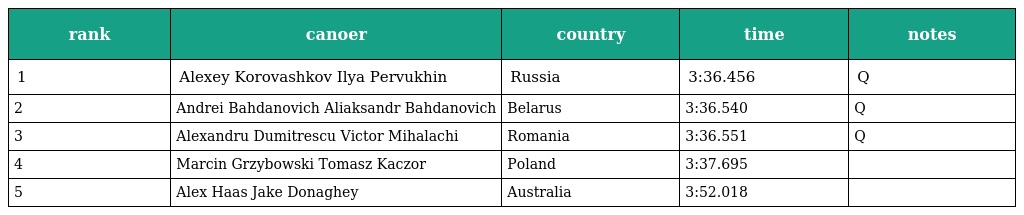
| rank | canoer | country | time | notes |
 | --- | --- | --- | --- | --- |
 | 1 | Alexey Korovashkov Ilya Pervukhin | Russia | 3:36.456 | Q |
 | 2 | Andrei Bahdanovich Aliaksandr Bahdanovich | Belarus | 3:36.540 | Q |
 | 3 | Alexandru Dumitrescu Victor Mihalachi | Romania | 3:36.551 | Q |
 | 4 | Marcin Grzybowski Tomasz Kaczor | Poland | 3:37.695 |  |
 | 5 | Alex Haas Jake Donaghey | Australia | 3:52.018 |  |